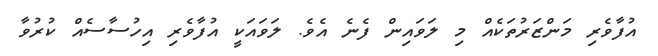
އުފާވެރި މަންޒަރުތަކެއް މި ލަވައިން ފެނެ އެވެ. ލަވައަކީ އުފާވެރި އިހުސާސެއް ކުރުވާ